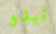
نبدو